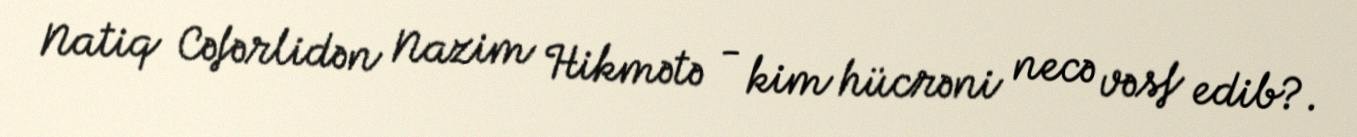
Natiq Cəfərlidən Nazim Hikmətə - kim hücrəni necə vəsf edib?.